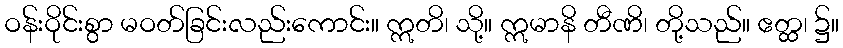
ဝန်းဝိုင်းစွာ မဝတ်ခြင်းလည်းကောင်း။ ဣတိ၊ သို့။ ဣမာနိ တီဏိ၊ တို့သည်။ ဧတ္ထ၊ ၌။